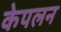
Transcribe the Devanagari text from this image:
केपलन